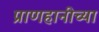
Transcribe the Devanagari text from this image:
प्राणहानीच्या